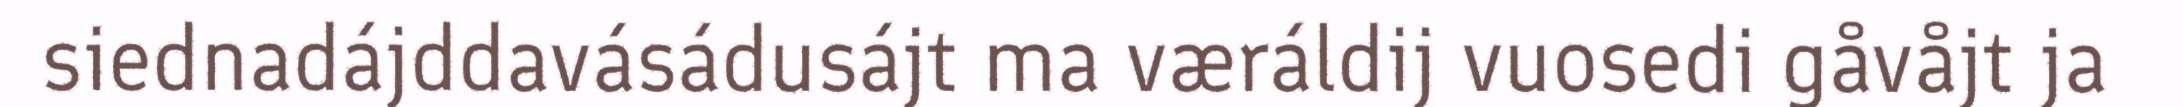
siednadájddavásádusájt ma væráldij vuosedi gåvåjt ja